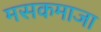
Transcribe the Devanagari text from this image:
मसकमाजा